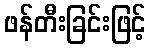
ဖန်တီးခြင်းဖြင့်